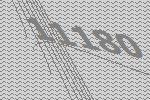
11180